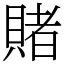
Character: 賭